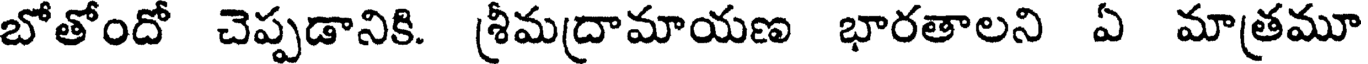
బోతోందో చెప్పడానికి. శ్రీమద్రామాయణ భారతాలని ఏ మాత్రమూ